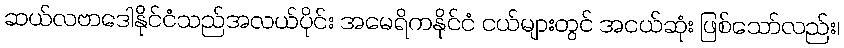
ဆယ်လဗာဒေါနိုင်ငံသည်အလယ်ပိုင်း အမေရိကနိုင်ငံ ငယ်များတွင် အငယ်ဆုံး ဖြစ်သော်လည်း၊